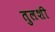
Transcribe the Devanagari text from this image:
तुलशी